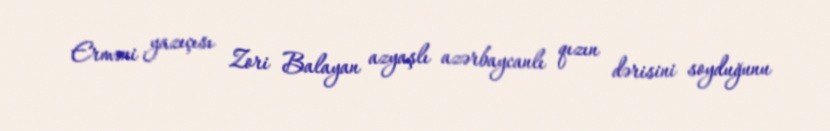
Erməni yazıçısı Zori Balayan azyaşlı azərbaycanlı qızın dərisini soyduğunu